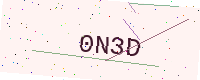
Text: 0N3D